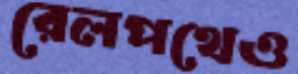
রেলপথেও